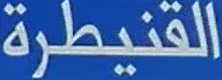
القنيطرة